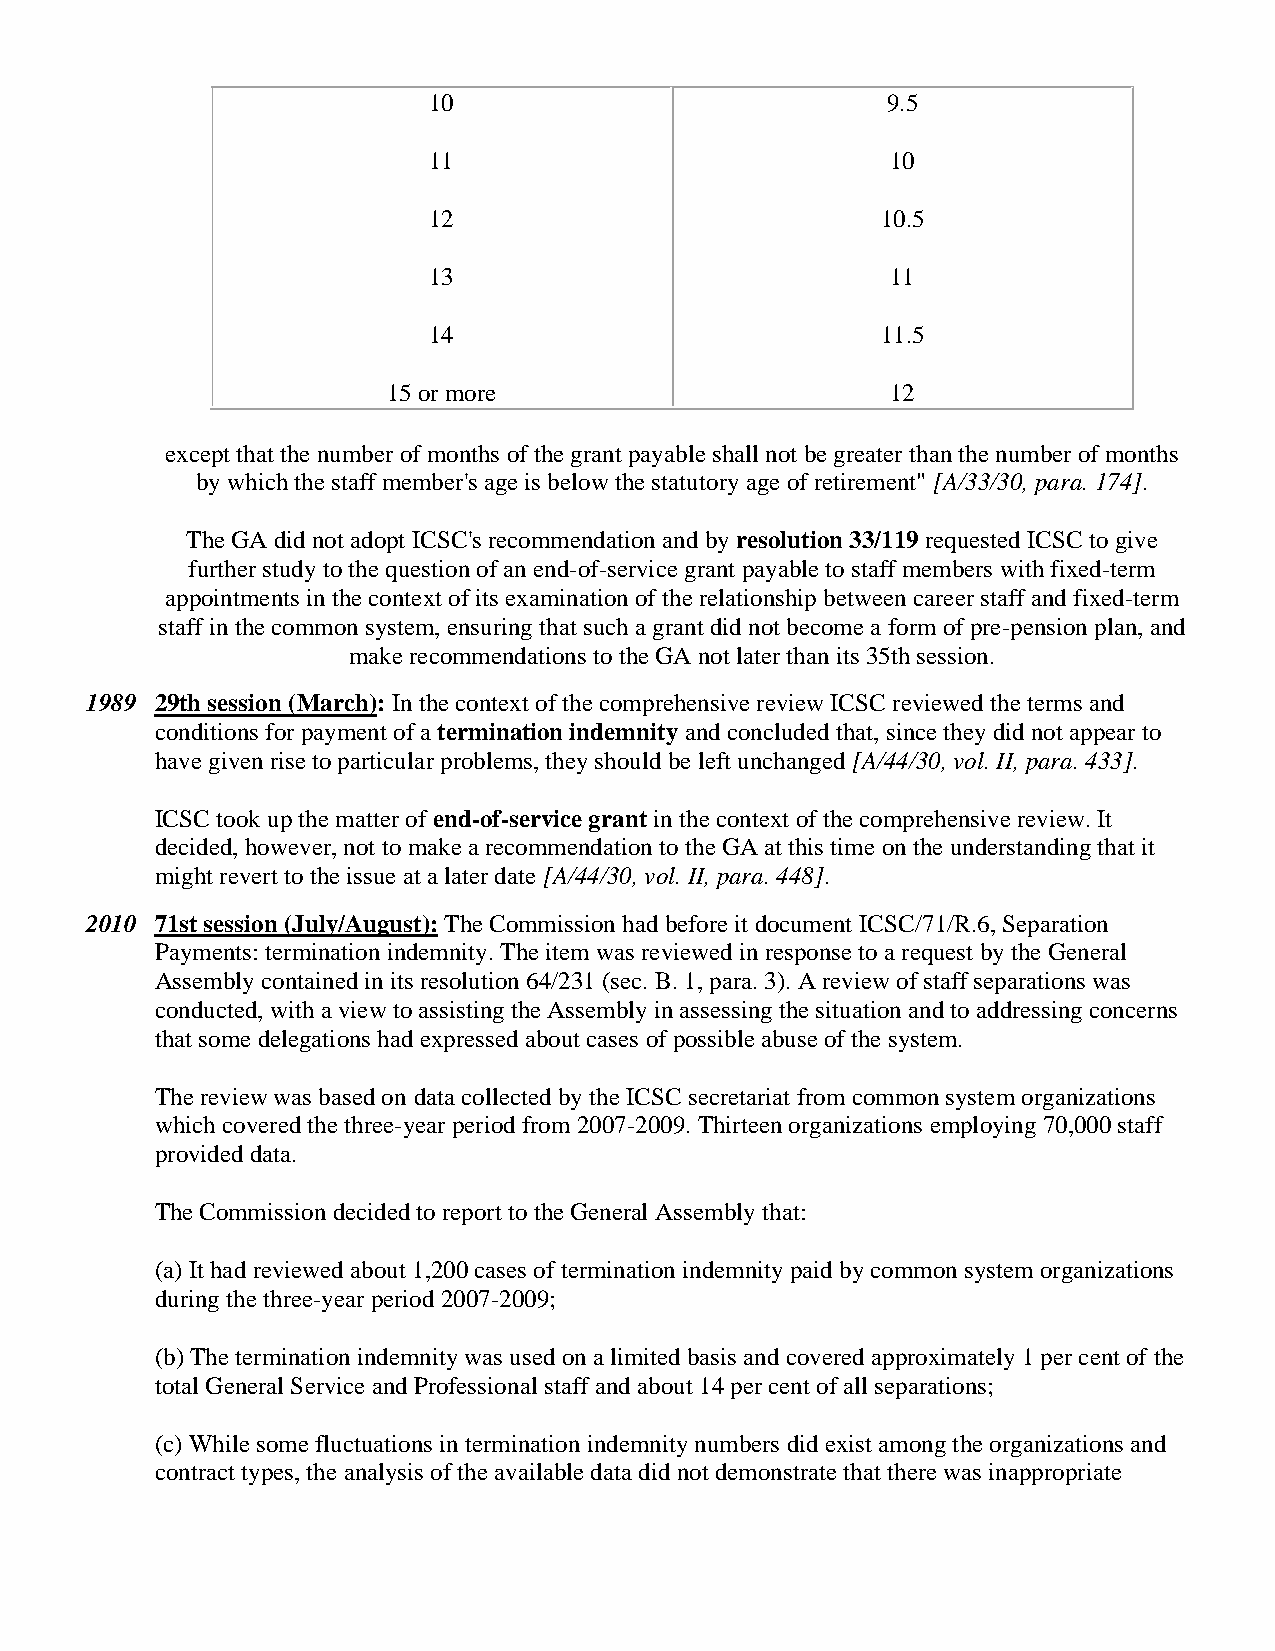
10                             9.5
 11                             10
 12                            10.5
 13                             11
 14                            11.5
 15 or more                       12
 except that the number of months of the grant payable shall not be greater than the number of months
 by which the staff member's age is below the statutory age of retirement" [A/33/30, para. 174].
 The GA did not adopt ICSC's recommendation and by resolution 33/119 requested ICSC to give
 further study to the question of an end-of-service grant payable to staff members with fixed-term
 appointments in the context of its examination of the relationship between career staff and fixed-term
 staff in the common system, ensuring that such a grant did not become a form of pre-pension plan, and
 make recommendations to the GA not later than its 35th session.
 1989 29th session (March): In the context of the comprehensive review ICSC reviewed the terms and
 conditions for payment of a termination indemnity and concluded that, since they did not appear to
 have given rise to particular problems, they should be left unchanged [A/44/30, vol. II, para. 433].
 ICSC took up the matter of end-of-service grant in the context of the comprehensive review. It
 decided, however, not to make a recommendation to the GA at this time on the understanding that it
 might revert to the issue at a later date [A/44/30, vol. II, para. 448].
 2010 71st session (July/August): The Commission had before it document ICSC/71/R.6, Separation
 Payments: termination indemnity. The item was reviewed in response to a request by the General
 Assembly contained in its resolution 64/231 (sec. B. 1, para. 3). A review of staff separations was
 conducted, with a view to assisting the Assembly in assessing the situation and to addressing concerns
 that some delegations had expressed about cases of possible abuse of the system.
 The review was based on data collected by the ICSC secretariat from common system organizations
 which covered the three-year period from 2007-2009. Thirteen organizations employing 70,000 staff
 provided data.
 The Commission decided to report to the General Assembly that:
 (a) It had reviewed about 1,200 cases of termination indemnity paid by common system organizations
 during the three-year period 2007-2009;
 (b) The termination indemnity was used on a limited basis and covered approximately 1 per cent of the
 total General Service and Professional staff and about 14 per cent of all separations;
 (c) While some fluctuations in termination indemnity numbers did exist among the organizations and
 contract types, the analysis of the available data did not demonstrate that there was inappropriate